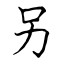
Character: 另